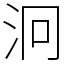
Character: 泂